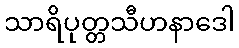
သာရိပုတ္တသီဟနာဒေါ